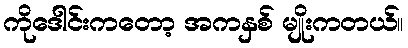
ကိုဒေါင်းကတော့ အကနှစ် မျိုးကတယ်။